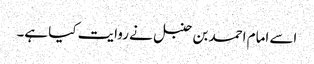
اسے امام احمد بن حنبل نے روایت کیا ہے۔